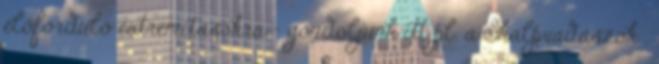
előforduló extremitásokra - gondoljunk itt pl. a Skalpvadászok .